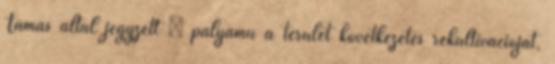
Tamás által jegyzett – pályamű a terület következetes rekultivációját,